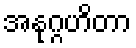
အနုဂ္ဂဟိတာ